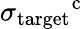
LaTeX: \sigma_{\mathrm{target}}\mathrm{^c}